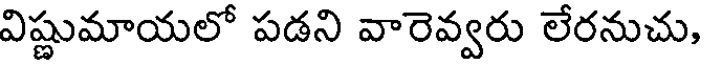
విష్ణుమాయలో పడని వారెవ్వరు లేరనుచు,